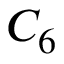
C _ { 6 }